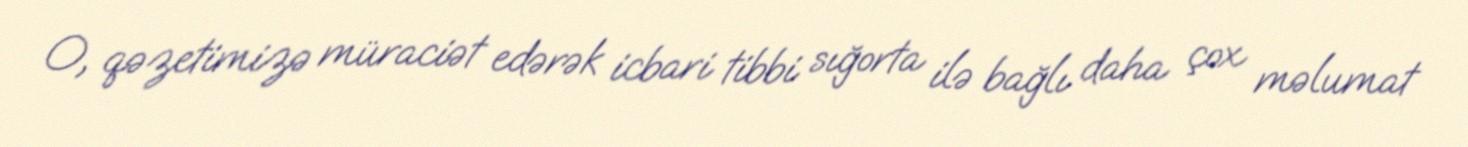
O, qəzetimizə müraciət edərək icbari tibbi sığorta ilə bağlı daha çox məlumat